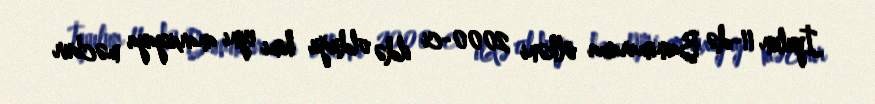
İyulun 11-də Bainimarama ölkəni 2000-ci ildə olduğu kimi eyni anarxiyaya məcbur